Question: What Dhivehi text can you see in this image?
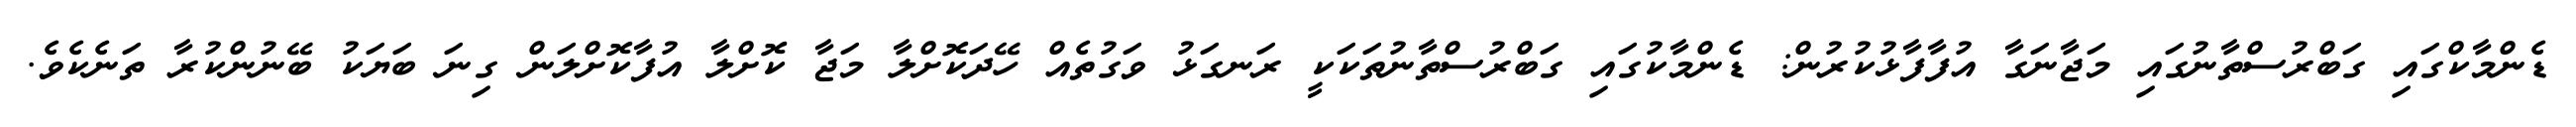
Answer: ޑެންމާކްގައި ގަބްރުސްތާނުގައި މަޖާނަގާ އުފާފާޅުކުރުން: ޑެންމާކުގައި ގަބްރުސްތާނުތަކަކީ ރަނގަޅު ވަގުތެއް ހޭދަކޮށްލާ މަޖާ ކޮށްލާ އުފާކޮށްލަން ގިނަ ބަޔަކު ބޭނުންކުރާ ތަނެކެވެ.